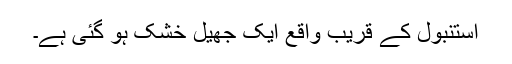
استنبول کے قریب واقع ایک جھیل خشک ہو گئی ہے۔